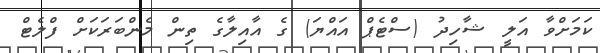
ކަމަށްވާ އަލީ ޝާހިދު (ސްޓެޕް އައްޔަ) ގެ އާއިލާގެ ތިން މެންބަރަކަށް ފްލެޓް